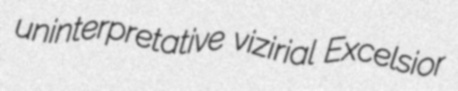
uninterpretative vizirial Excelsior